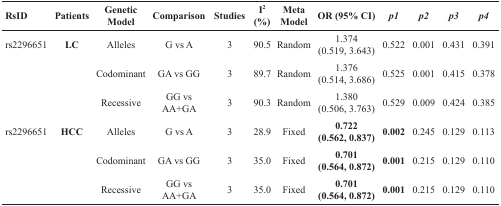
| RsID | Patients | Genetic Model | Comparison | Studies | I2 (%) | Meta Model | OR (95% CI) | p1 | p2 | p3 | p4 |
 | --- | --- | --- | --- | --- | --- | --- | --- | --- | --- | --- | --- |
 | rs2296651 | LC | Alleles | G vs A | 3 | 90.5 | Random | 1.374 (0.519, 3.643) | 0.522 | 0.001 | 0.431 | 0.391 |
 |  |  | Codominant | GA vs GG | 3 | 89.7 | Random | 1.376 (0.514, 3.686) | 0.525 | 0.001 | 0.415 | 0.378 |
 |  |  | Recessive | GG vs AA+GA | 3 | 90.3 | Random | 1.380 (0.506, 3.763) | 0.529 | 0.009 | 0.424 | 0.385 |
 | rs2296651 | HCC | Alleles | G vs A | 3 | 28.9 | Fixed | 0.722 (0.562, 0.837) | 0.002 | 0.245 | 0.129 | 0.113 |
 |  |  | Codominant | GA vs GG | 3 | 35.0 | Fixed | 0.701 (0.564, 0.872) | 0.001 | 0.215 | 0.129 | 0.110 |
 |  |  | Recessive | GG vs AA+GA | 3 | 35.0 | Fixed | 0.701 (0.564, 0.872) | 0.001 | 0.215 | 0.129 | 0.110 |